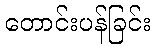
တောင်းပန်ခြင်း